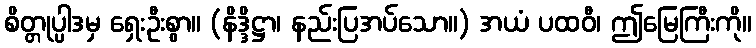
စိတ္တုပ္ပါဒမှ ရှေးဦးစွာ။ (နိဒ္ဒိဋ္ဌာ၊ နည်းပြအပ်သော။) အယံ ပထဝီ၊ ဤမြေကြီးကို။